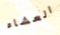
العشاء